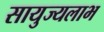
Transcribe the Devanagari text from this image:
सायुज्यलाभ